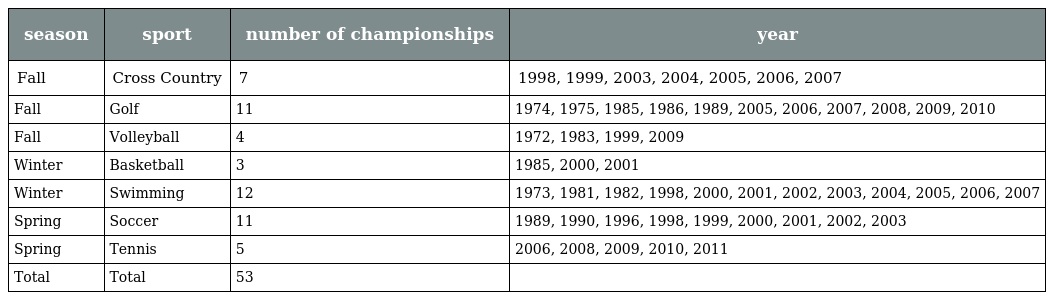
| season | sport | number of championships | year |
 | --- | --- | --- | --- |
 | Fall | Cross Country | 7 | 1998, 1999, 2003, 2004, 2005, 2006, 2007 |
 | Fall | Golf | 11 | 1974, 1975, 1985, 1986, 1989, 2005, 2006, 2007, 2008, 2009, 2010 |
 | Fall | Volleyball | 4 | 1972, 1983, 1999, 2009 |
 | Winter | Basketball | 3 | 1985, 2000, 2001 |
 | Winter | Swimming | 12 | 1973, 1981, 1982, 1998, 2000, 2001, 2002, 2003, 2004, 2005, 2006, 2007 |
 | Spring | Soccer | 11 | 1989, 1990, 1996, 1998, 1999, 2000, 2001, 2002, 2003 |
 | Spring | Tennis | 5 | 2006, 2008, 2009, 2010, 2011 |
 | Total | Total | 53 |  |